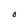
Character: O